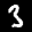
Label: 3